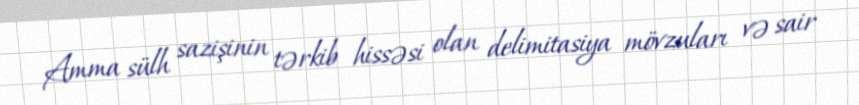
Amma sülh sazişinin tərkib hissəsi olan delimitasiya mövzuları və sair